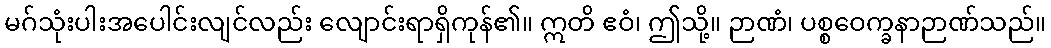
မဂ်သုံးပါးအပေါင်းလျင်လည်း လျောင်းရာရှိကုန်၏။ ဣတိ ဧဝံ၊ ဤသို့။ ဉာဏံ၊ ပစ္စဝေက္ခနာဉာဏ်သည်။